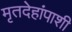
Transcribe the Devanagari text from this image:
मृतदेहांपाशी